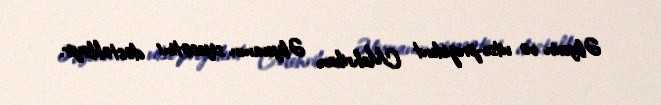
Əliyevin və vitse-prezident Mehriban Əliyevanın siyasətini dəstəkləyir.